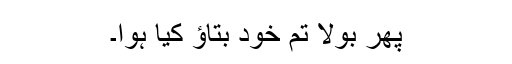
پھر بولا تم خود بتاؤ کیا ہوا۔